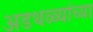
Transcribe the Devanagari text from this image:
अडथळ्यांच्या